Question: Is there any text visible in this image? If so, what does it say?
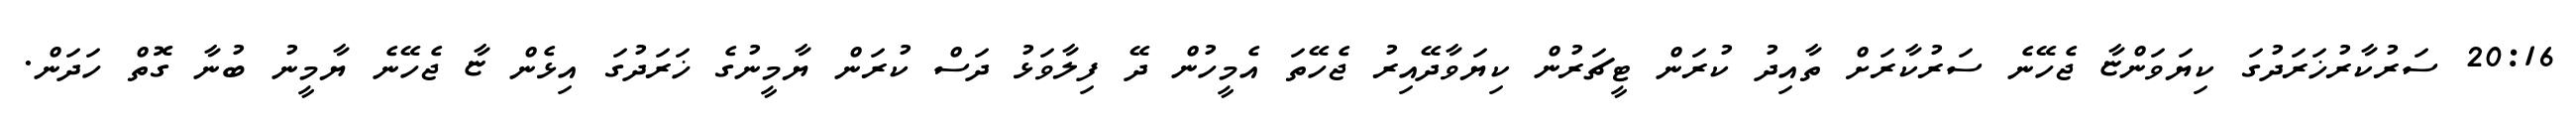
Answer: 20:16 ސަރުކާރުޚަރަދުގަ ކިޔަވަންޏާ ޖެހޭނެ ސަރުކާރަށް ތާއިދު ކުރަން ޓީޗަރުން ކިޔަވާދޭއިރު ޖެހޭތަ އެމީހުން ދޭ ފިލާވަޅު ދަސް ކުރަން ޔާމީނުގެ ޚަރަދުގަ އިޅެން ޏާ ޖެހޭނެ ޔާމީނު ބުނާ ގޮތް ހަދަން.